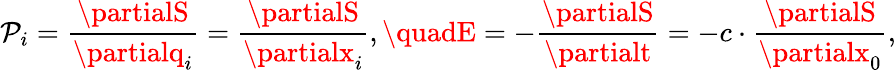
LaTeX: \mathcal{P}_{i}={\frac{{\partialS}}{{\partialq_{i}}}}={\frac{{\partialS}}{{\partialx_{i}}}},\quadE=-{\frac{{\partialS}}{{\partialt}}}=-c\cdot{\frac{{\partialS}}{{\partialx_{0}}}},